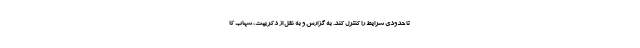
تا حدودی شرایط را کنترل کند. به گزارش و به نقل از دکریپت، شهاب کا